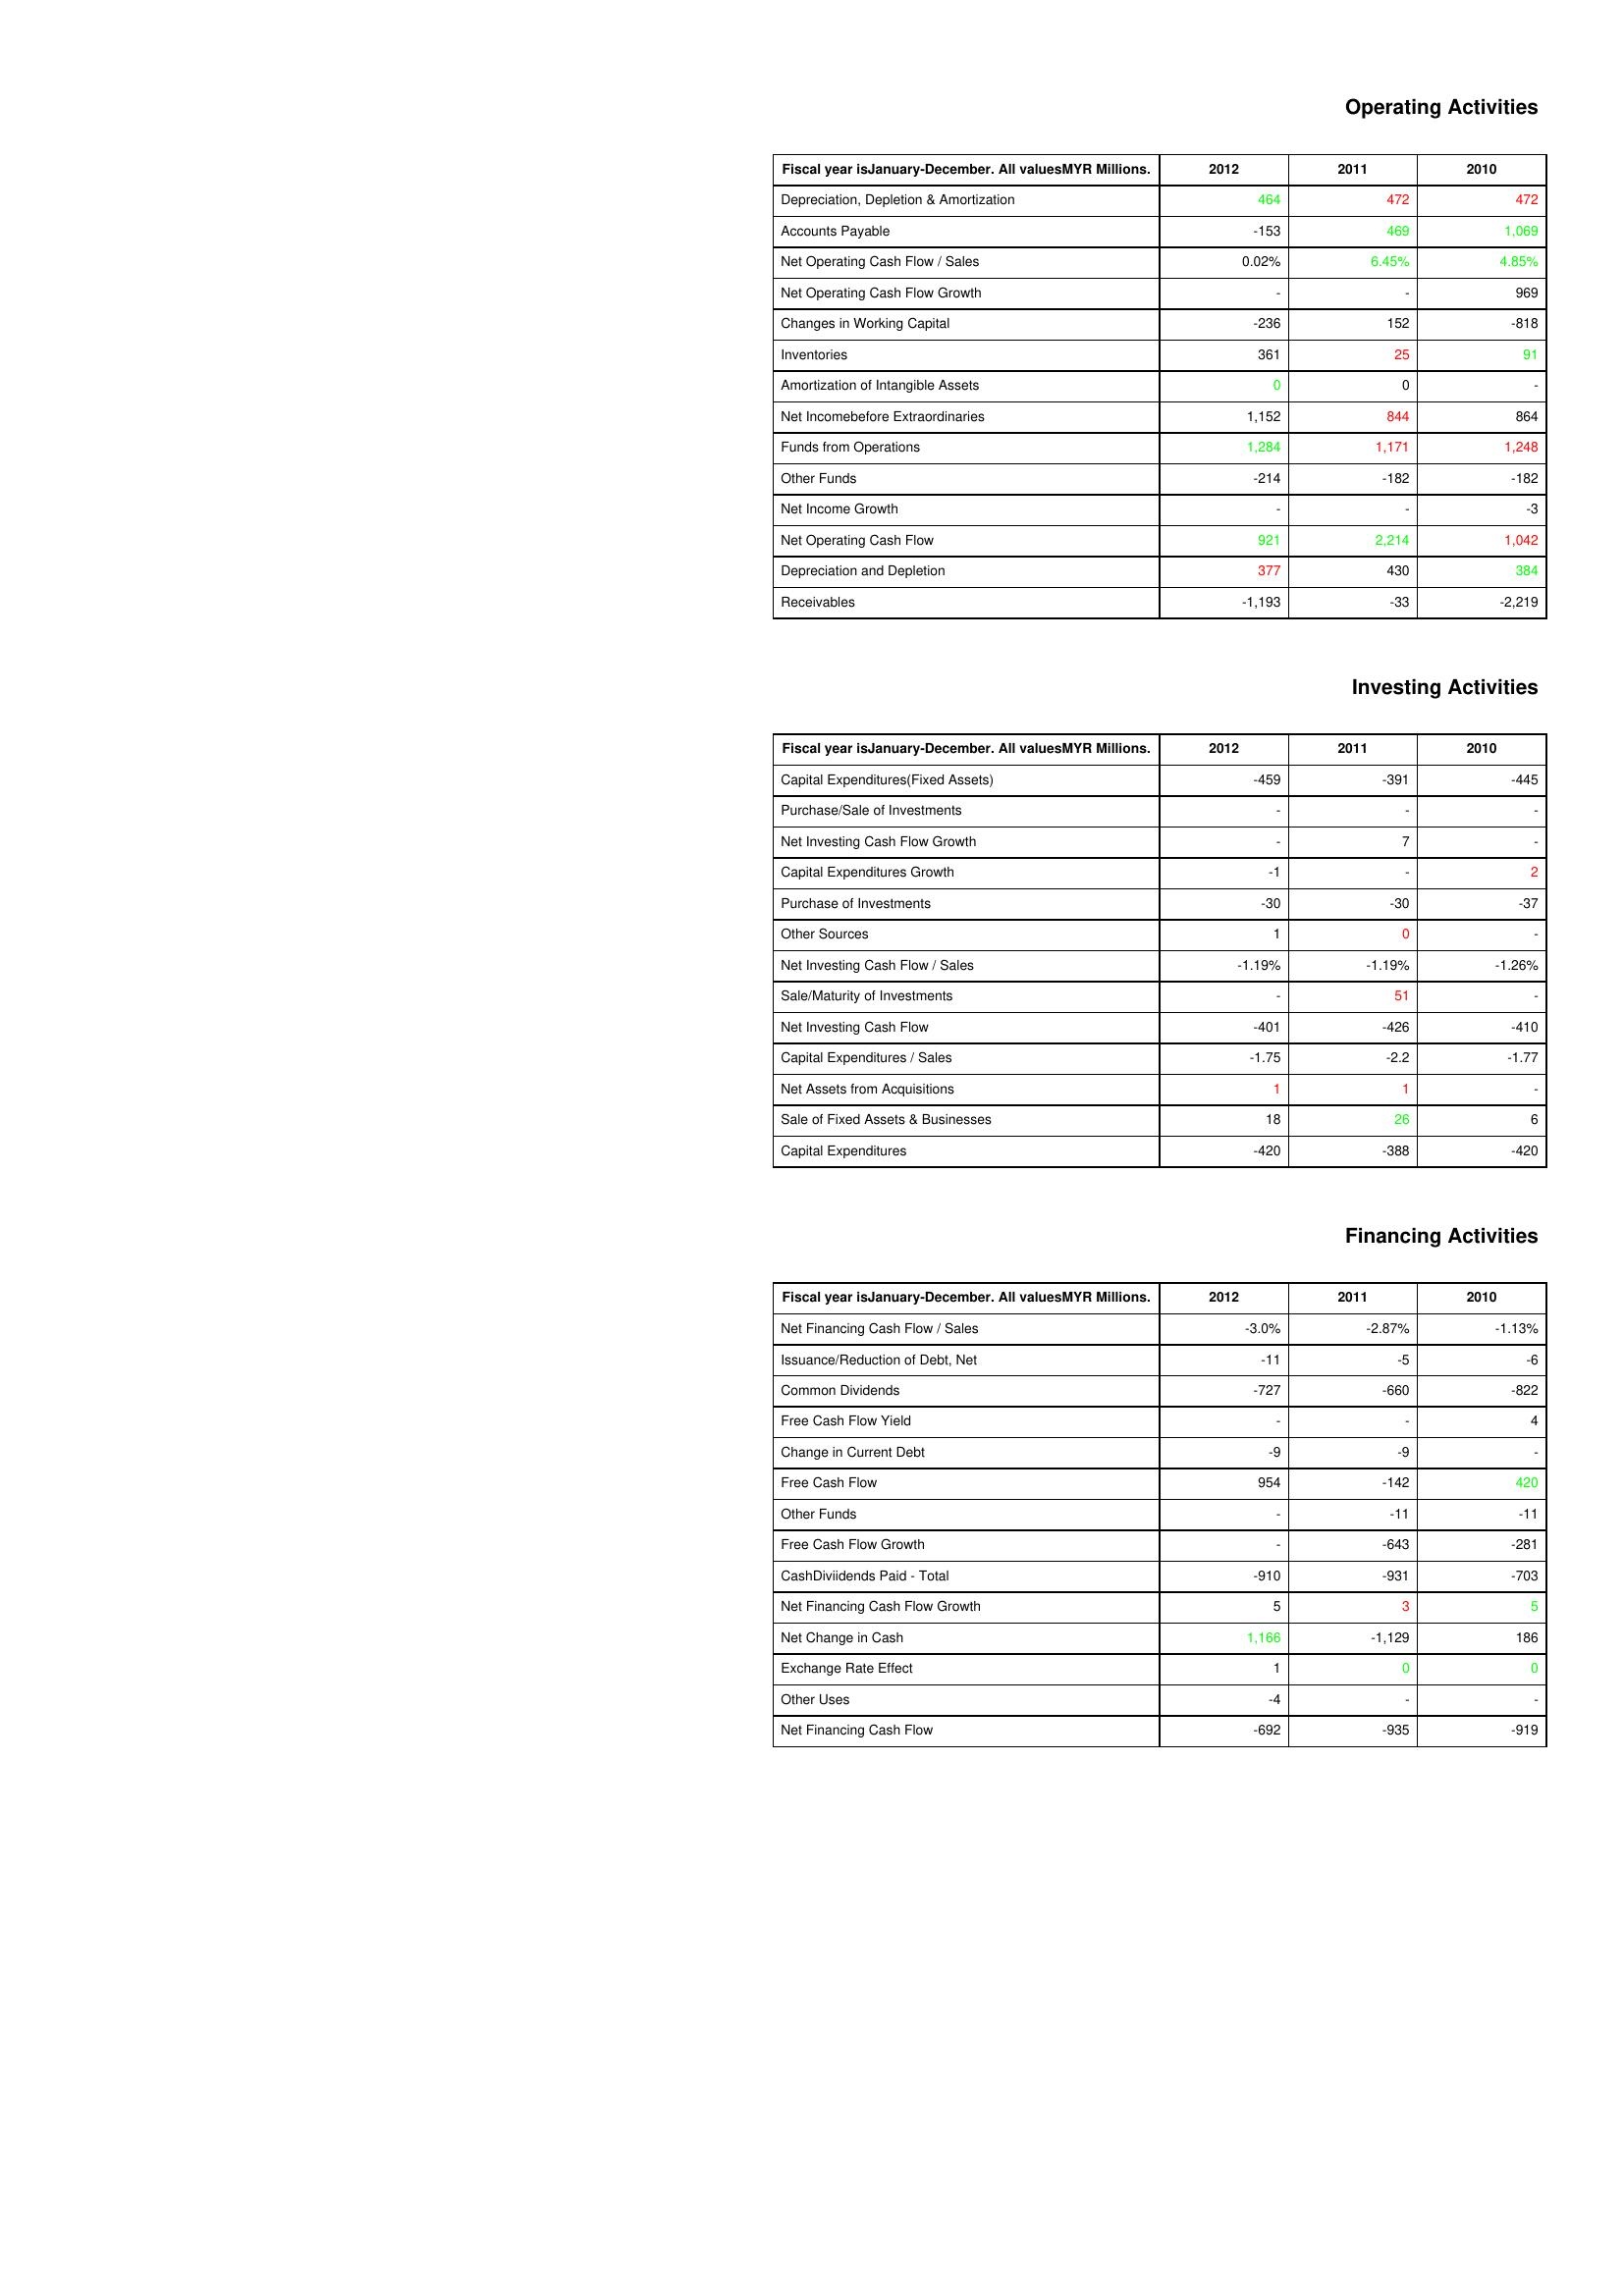
gt_parse: 2012: Operating Activities: Depreciation, Depletion & Amortization: 464
Accounts Payable: -153
Net Operating Cash Flow / Sales: 0.02%
Net Operating Cash Flow Growth: -
Changes in Working Capital: -236
Inventories: 361
Amortization of Intangible Assets: 0
Net Incomebefore Extraordinaries: 1,152
Funds from Operations: 1,284
Other Funds: -214
Net Income Growth: -
Net Operating Cash Flow: 921
Depreciation and Depletion: 377
Receivables: -1,193
Investing Activities: Capital Expenditures(Fixed Assets): -459
Purchase/Sale of Investments: -
Net Investing Cash Flow Growth: -
Capital Expenditures Growth: -1
Purchase of Investments: -30
Other Sources: 1
Net Investing Cash Flow / Sales: -1.19%
Sale/Maturity of Investments: -
Net Investing Cash Flow: -401
Capital Expenditures / Sales: -1.75
Net Assets from Acquisitions: 1
Sale of Fixed Assets & Businesses: 18
Capital Expenditures: -420
Financing Activities: Net Financing Cash Flow / Sales: -3.0%
Issuance/Reduction of Debt, Net: -11
Common Dividends: -727
Free Cash Flow Yield: -
Change in Current Debt: -9
Free Cash Flow: 954
Other Funds: -
Free Cash Flow Growth: -
CashDiviidends Paid - Total: -910
Net Financing Cash Flow Growth: 5
Net Change in Cash: 1,166
Exchange Rate Effect: 1
Other Uses: -4
Net Financing Cash Flow: -692
2011: Operating Activities: Depreciation, Depletion & Amortization: 472
Accounts Payable: 469
Net Operating Cash Flow / Sales: 6.45%
Net Operating Cash Flow Growth: -
Changes in Working Capital: 152
Inventories: 25
Amortization of Intangible Assets: 0
Net Incomebefore Extraordinaries: 844
Funds from Operations: 1,171
Other Funds: -182
Net Income Growth: -
Net Operating Cash Flow: 2,214
Depreciation and Depletion: 430
Receivables: -33
Investing Activities: Capital Expenditures(Fixed Assets): -391
Purchase/Sale of Investments: -
Net Investing Cash Flow Growth: 7
Capital Expenditures Growth: -
Purchase of Investments: -30
Other Sources: 0
Net Investing Cash Flow / Sales: -1.19%
Sale/Maturity of Investments: 51
Net Investing Cash Flow: -426
Capital Expenditures / Sales: -2.2
Net Assets from Acquisitions: 1
Sale of Fixed Assets & Businesses: 26
Capital Expenditures: -388
Financing Activities: Net Financing Cash Flow / Sales: -2.87%
Issuance/Reduction of Debt, Net: -5
Common Dividends: -660
Free Cash Flow Yield: -
Change in Current Debt: -9
Free Cash Flow: -142
Other Funds: -11
Free Cash Flow Growth: -643
CashDiviidends Paid - Total: -931
Net Financing Cash Flow Growth: 3
Net Change in Cash: -1,129
Exchange Rate Effect: 0
Other Uses: -
Net Financing Cash Flow: -935
2010: Operating Activities: Depreciation, Depletion & Amortization: 472
Accounts Payable: 1,069
Net Operating Cash Flow / Sales: 4.85%
Net Operating Cash Flow Growth: 969
Changes in Working Capital: -818
Inventories: 91
Amortization of Intangible Assets: -
Net Incomebefore Extraordinaries: 864
Funds from Operations: 1,248
Other Funds: -182
Net Income Growth: -3
Net Operating Cash Flow: 1,042
Depreciation and Depletion: 384
Receivables: -2,219
Investing Activities: Capital Expenditures(Fixed Assets): -445
Purchase/Sale of Investments: -
Net Investing Cash Flow Growth: -
Capital Expenditures Growth: 2
Purchase of Investments: -37
Other Sources: -
Net Investing Cash Flow / Sales: -1.26%
Sale/Maturity of Investments: -
Net Investing Cash Flow: -410
Capital Expenditures / Sales: -1.77
Net Assets from Acquisitions: -
Sale of Fixed Assets & Businesses: 6
Capital Expenditures: -420
Financing Activities: Net Financing Cash Flow / Sales: -1.13%
Issuance/Reduction of Debt, Net: -6
Common Dividends: -822
Free Cash Flow Yield: 4
Change in Current Debt: -
Free Cash Flow: 420
Other Funds: -11
Free Cash Flow Growth: -281
CashDiviidends Paid - Total: -703
Net Financing Cash Flow Growth: 5
Net Change in Cash: 186
Exchange Rate Effect: 0
Other Uses: -
Net Financing Cash Flow: -919